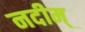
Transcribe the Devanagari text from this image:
नदीम्